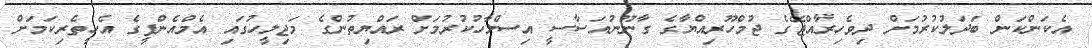
އެކަންކަން ބަދަލުކުރުމަށް ދިވެހިރާއްޖޭގެ ޖުމްހޫރިއްޔާގެ ގާނޫނުއަސާސީ އިސްލާހުކުރުމަށް ރައްޔިތުންގެ މަޖިލީހުގައި އެމްއެންޕީގެ އެހީތެރިކަމަށް